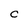
Character: C